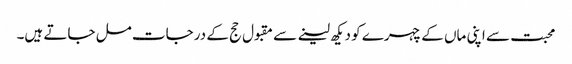
محبت سے اپنی ماں کے چہرے کو دیکھ لینے سے مقبول حج کے درجات مل جاتے ہیں۔